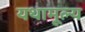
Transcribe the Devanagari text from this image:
यथामूल्य